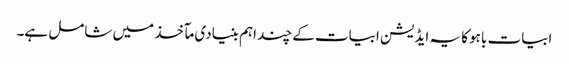
ابیات باہو کا یہ ایڈیشن ابیات کے چند اہم بنیادی مآخذ میں شامل ہے۔